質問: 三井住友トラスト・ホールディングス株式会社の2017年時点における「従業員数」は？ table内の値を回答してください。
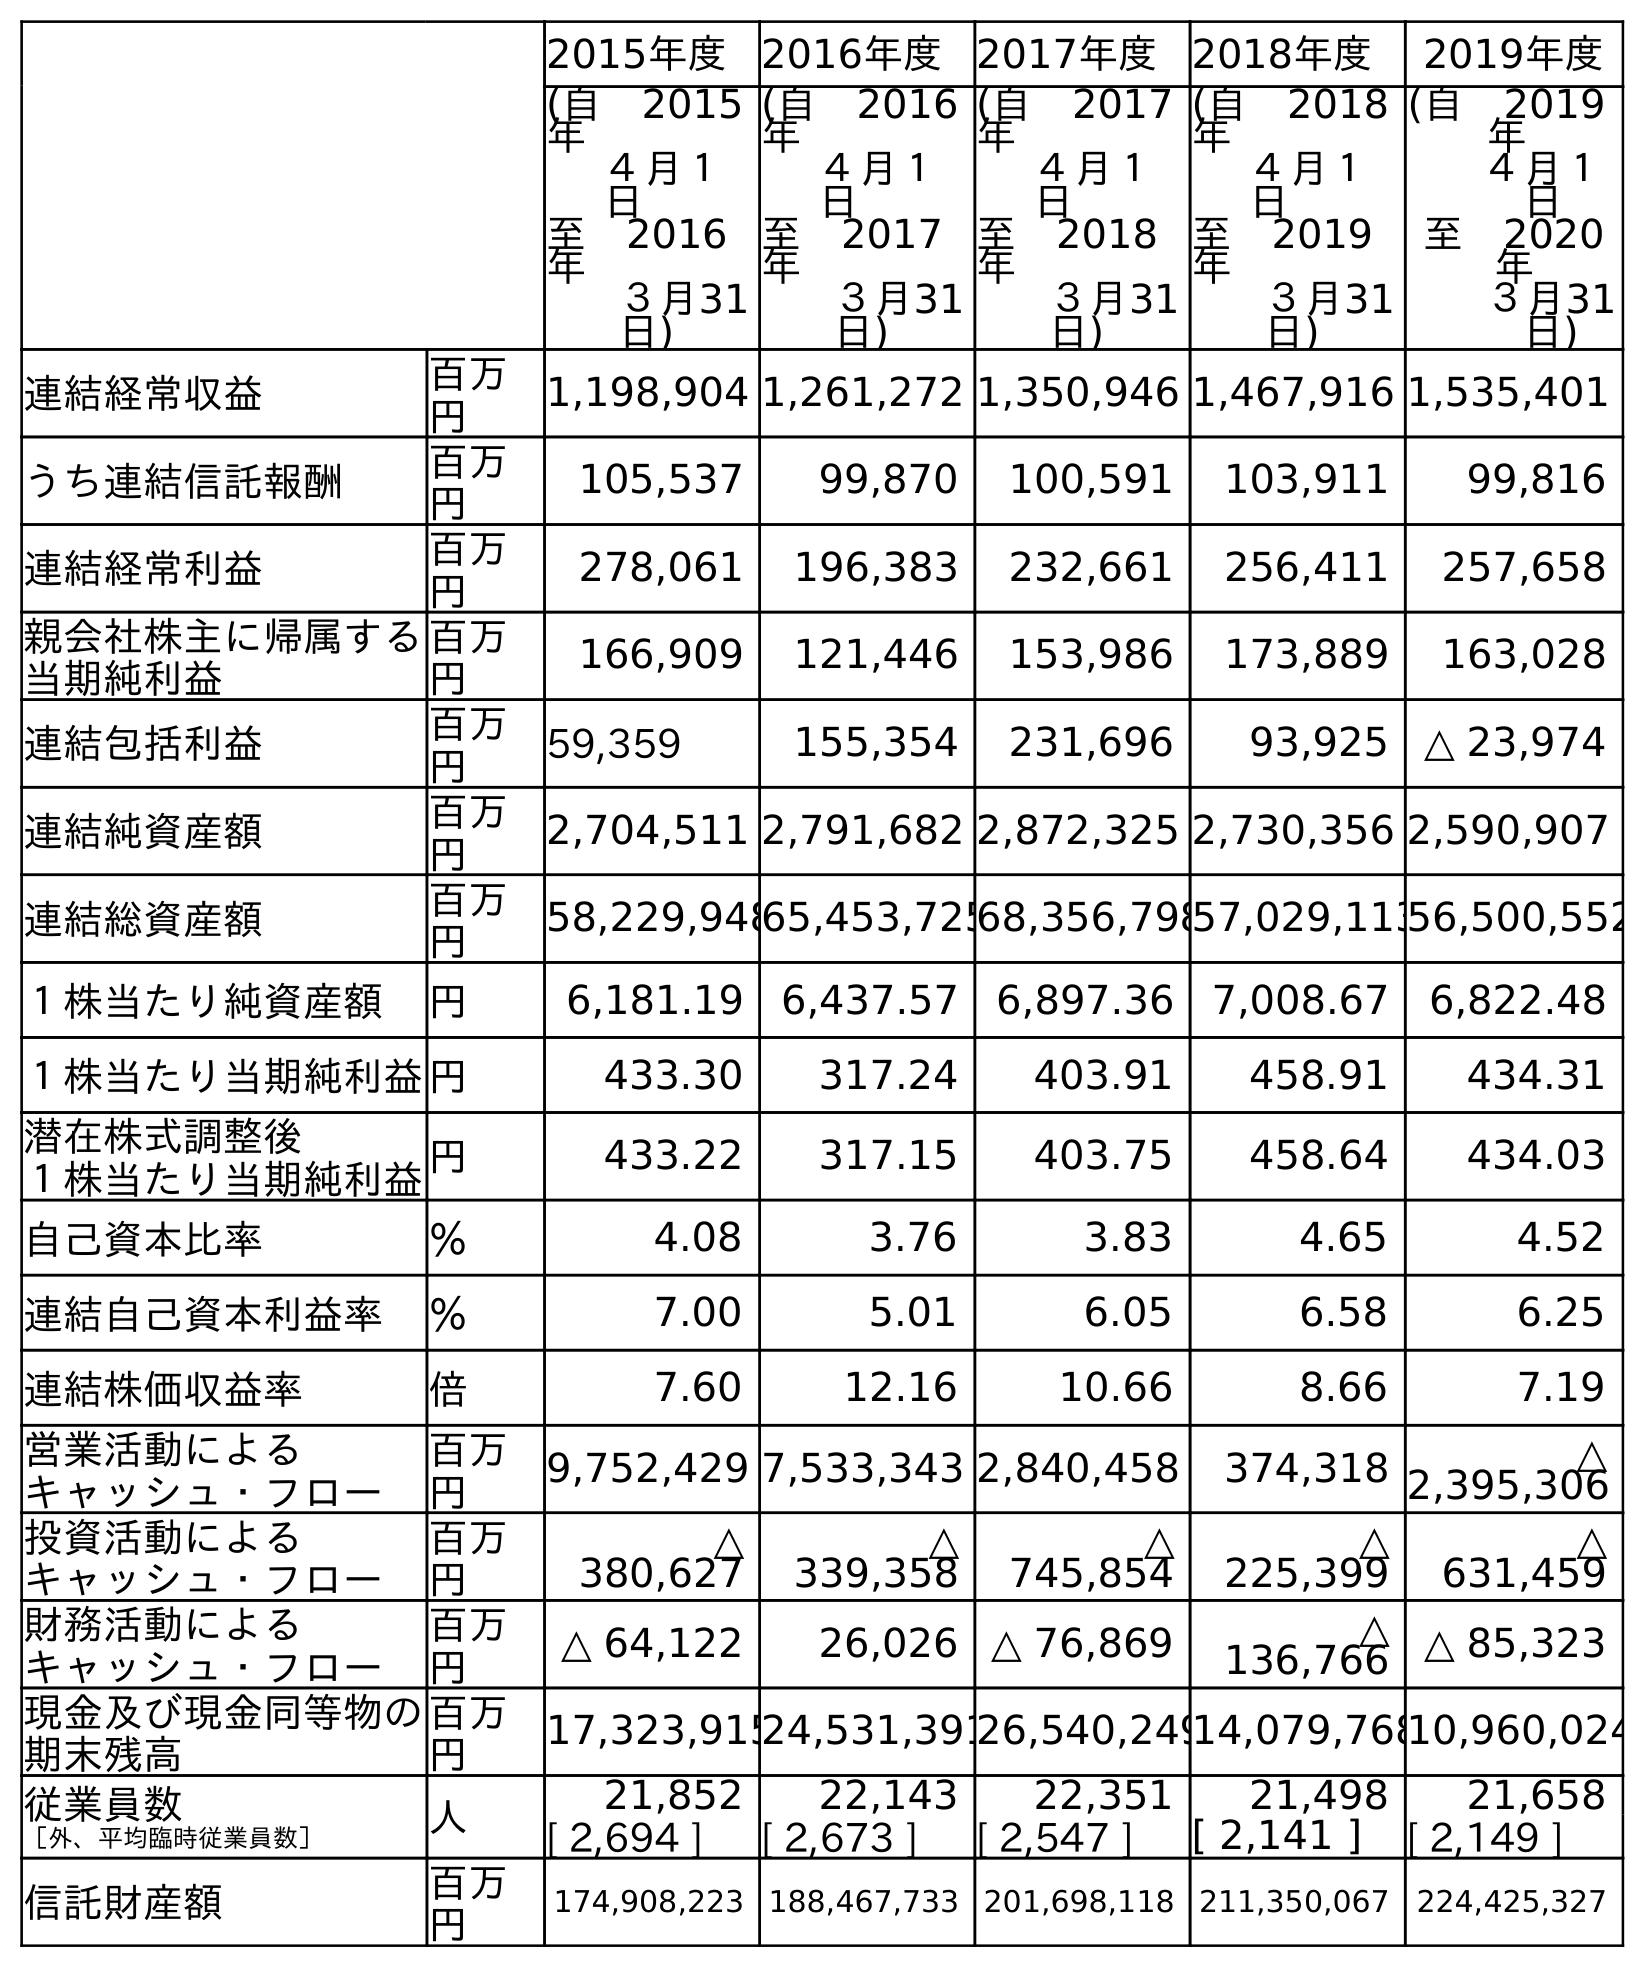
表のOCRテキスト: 2015年度 2016年度 2017年度 2018年度 2019年度 (自 2015 年 ４月１ 日 至 2016 年 ３月31 日) (自 2016 年 ４月１ 日 至 2017 年 ３月31 日) (自 2017 年 ４月１ 日 至 2018 年 ３月31 日) (自 2018 年 ４月１ 日 至 2019 年 ３月31 日) (自 2019 年 ４月１ 日 至 2020 年 ３月31 日) 連結経常収益 百万 円 1,198,904 1,261,272 1,350,946 1,467,916 1,535,401 うち連結信託報酬 百万 円 105,537 99,870 100,591 103,911 99,816 連結経常利益 百万 円 278,061 196,383 232,661 256,411 257,658 親会社株主に帰属する 当期純利益 百万 円 166,909 121,446 153,986 173,889 163,028 連結包括利益 百万 円 59,359 155,354 231,696 93,925 △ 23,974 連結純資産額 百万 円 2,704,511 2,791,682 2,872,325 2,730,356 2,590,907 連結総資産額 百万 円 58,229,94865,453,72568,356,79857,029,11356,500,552 １株当たり純資産額 円 6,181.19 6,437.57 6,897.36 7,008.67 6,822.48 １株当たり当期純利益円 433.30 317.24 403.91 458.91 434.31 潜在株式調整後 １株当たり当期純利益円 433.22 317.15 403.75 458.64 434.03 自己資本比率 ％ 4.08 3.76 3.83 4.65 4.52 連結自己資本利益率 ％ 7.00 5.01 6.05 6.58 6.25 連結株価収益率 倍 7.60 12.16 10.66 8.66 7.19 営業活動による キャッシュ・フロー 百万 円 9,752,429 7,533,343 2,840,458 374,318 △ 2,395,306 投資活動による キャッシュ・フロー 百万 円 △ 380,627 △ 339,358 △ 745,854 △ 225,399 △ 631,459 財務活動による キャッシュ・フロー 百万 円 △ 64,122 26,026 △ 76,869 △ 136,766 △ 85,323 現金及び現金同等物の 期末残高 百万 円 17,323,91524,531,39126,540,24914,079,76810,960,024 従業員数 ［外、平均臨時従業員数］ 人 21,852 22,143 22,351 21,498 21,658 [ 2,694 ] [ 2,673 ] [ 2,547 ] [ 2,141 ] [ 2,149 ] 信託財産額 百万 円 174,908,223 188,467,733 201,698,118 211,350,067 224,425,327
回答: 22,143